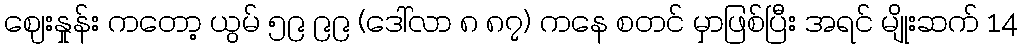
ဈေးနှုန်း ကတော့ ယွမ် ၅၉ ၉၉ (ဒေါ်လာ ၈ ၈၇) ကနေ စတင် မှာဖြစ်ပြီး အရင် မျိုးဆက် 14